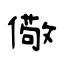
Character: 儆